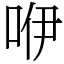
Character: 咿